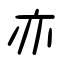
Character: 亦